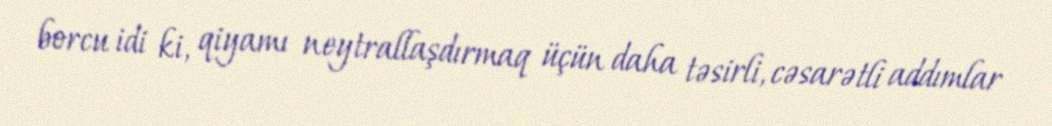
borcu idi ki, qiyamı neytrallaşdırmaq üçün daha təsirli, cəsarətli addımlar